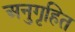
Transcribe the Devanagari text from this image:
अनुगृहित